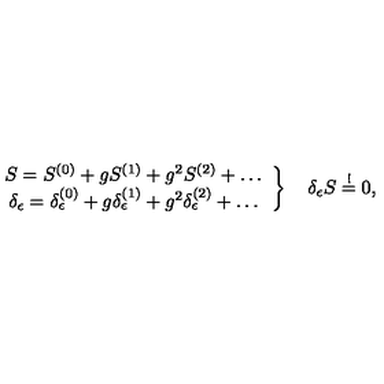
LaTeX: \left. \begin{array} { c } { S = S ^ { ( 0 ) } + g S ^ { ( 1 ) } + g ^ { 2 } S ^ { ( 2 ) } + \dots } \\ { \delta _ { \epsilon } = \delta _ { \epsilon } ^ { ( 0 ) } + g \delta _ { \epsilon } ^ { ( 1 ) } + g ^ { 2 } \delta _ { \epsilon } ^ { ( 2 ) } + \dots } \\ \end{array} \right\} \quad \delta _ { \epsilon } S \stackrel { ! } { = } 0 ,